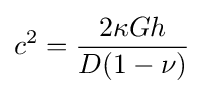
c^{2}={\frac {2\kappa Gh}{D(1-\nu )}}